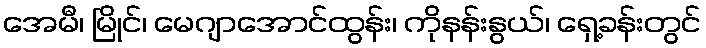
အေမီ၊ မြိုင်၊ မေဂျာအောင်ထွန်း၊ ကိုနန်းနွယ်၊ ရှေ့ခန်းတွင်